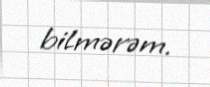
bilmərəm.